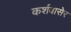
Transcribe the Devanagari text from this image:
कर्शवासेर